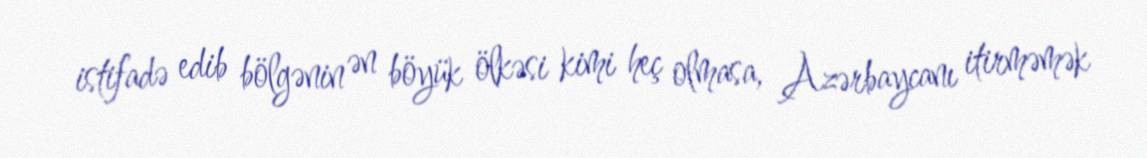
istifadə edib bölgənin ən böyük ölkəsi kimi heç olmasa, Azərbaycanı itirməmək